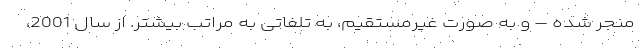
منجر شده – و به صورت غیرمستقیم، به تلفاتی به مراتب بیشتر. از سال 2001،